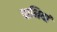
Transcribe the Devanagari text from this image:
चाभियां